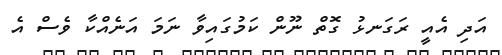
އަދި އެއީ ރަގަނޅު ގޮތް ނޫން ކަމުގައިވާ ނަމަ އަނެއްކާ ވެސް އެ